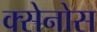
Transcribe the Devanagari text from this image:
क्सेनोस